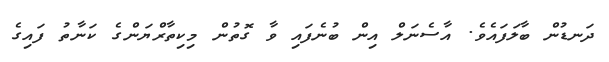
ދަނޑުން ބާލަފައެވެ. އާސެނަލް އިން ބުނެފައި ވާ ގޮތުން މިކިތާރްޔަންގެ ކަނާތު ފައިގެ